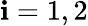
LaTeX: \mathbf{i}=1,2